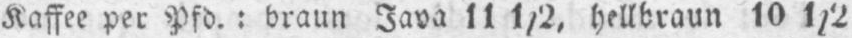
Kaffee per Pfd.: braun Java 11 1/2, hellbraun 10 1/2